Indian Medical Review
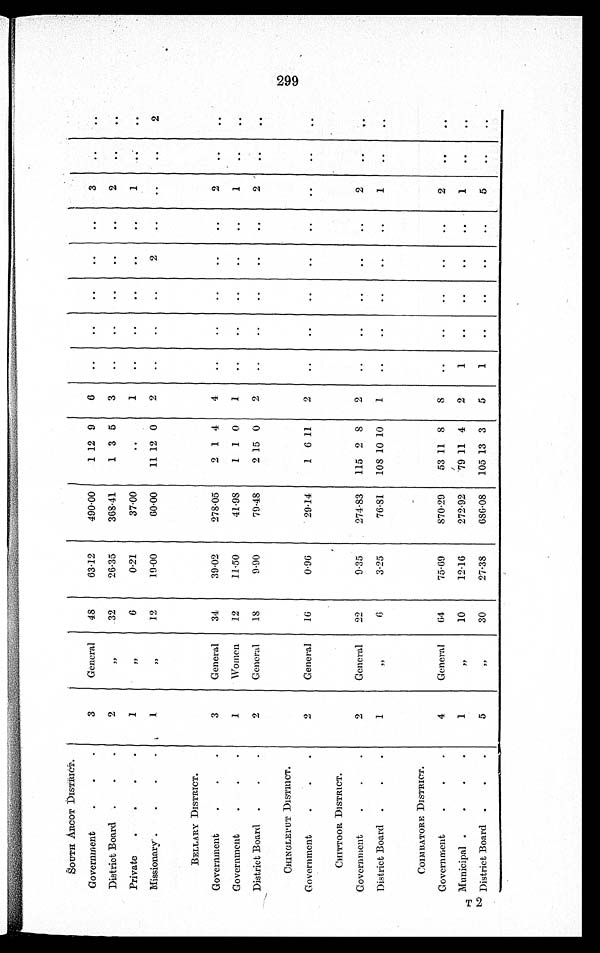
SOUTH ARCOT DISTRICT.
Government
3
General
48
63·12
490·00
1 12 9
6
..
..
..
..
..
3
. .
. .
District Board
2
"
32
26·35
368·41
1 3 5
3
..
. .
. .
. .
. .
2
. .
. .
Private
1
"
6
0·21
37·00
..
1
..
..
. .
..
. .
1 ..
. .
Missionary
1
"
12
19·00
60·00
11 12 0
2
. .
. .
. .
2
. .
. .
. .
2
BELLARY DISTRICT.
Government
3
General
34
39·02
278·05
2 1 4
4
..
..
..
..
..
2
. .
. .
Government
1
Women
12
11·50
41·98
1 1 0
1
..
..
. .
. .
..
1
..
. .
District Board
2
General
18
9·90
79·48
2 15 0
2
..
..
..
..
..
2
. .
..
CHINGLEPUT DISTRICT.
Government
2
General
16
0·96
29·14
1 6 11
2
..
..
..
..
..
..
..
. .
CHITTOOR DISTRICT.
Government
2
General
22
9·35
274·83
115 2 8
2
. .
. .
. .
. .
..
2
. .
. .
District Board
1
"
6
3·25
76·81
108 10 10
1
. .
..
..
..
. .
1
. .
. .
COIMBATORE DISTRICT.
Government
4
General
64
75·69
870·29
53 11 8
8
..
. .
. .
. .
. .
2
. .
. .
Municipal
1
"
10
12·16
272·92
79 11 4
2
1
..
..
..
..
1
. .
. .
T 2 District Board
5
"
30
27·38
686·08
105 13 3
5
1
..
. . ..
..
5
. .
. .